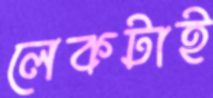
লেকটাই